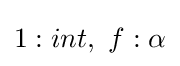
1:int,\ f:\alpha